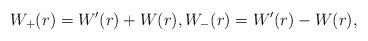
LaTeX: \begin{align*} W_+(r) = W'(r) + W(r), W_-(r) = W'(r) - W(r), \end{align*}